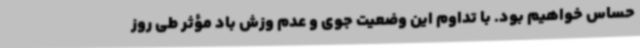
حساس خواهیم بود. با تداوم این وضعیت جوی و عدم وزش باد مؤثر طی روز